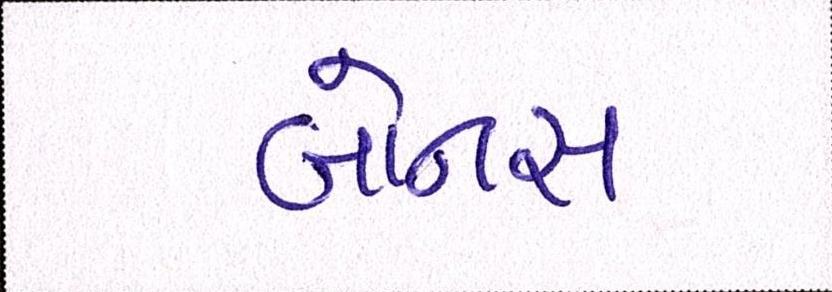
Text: બોનસ